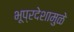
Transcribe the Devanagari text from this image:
भूप्रदेशामुळे